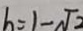
h = 1 - \sqrt { 2 }